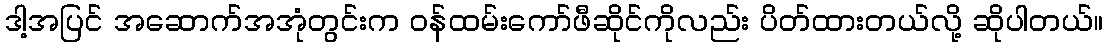
ဒါ့အပြင် အဆောက်အအုံတွင်းက ဝန်ထမ်းကော်ဖီဆိုင်ကိုလည်း ပိတ်ထားတယ်လို့ ဆိုပါတယ်။